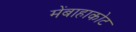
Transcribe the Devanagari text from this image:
मेंबाहाकोट